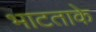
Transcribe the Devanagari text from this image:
भाटताके